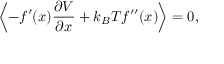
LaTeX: \left\langle - f ^ { \prime } ( x ) { \frac { \partial V } { \partial x } } + k _ { B } T f ^ { \prime \prime } ( x ) \right\rangle = 0 ,